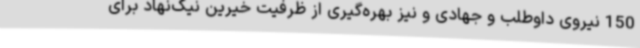
150 نیروی داوطلب و جهادی و نیز بهره‌گیری از ظرفیت خیرین نیک‌نهاد برای